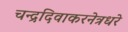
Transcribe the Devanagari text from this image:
चन्द्रदिवाकरनेत्रधरे